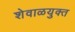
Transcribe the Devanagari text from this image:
शेवाळयुक्त